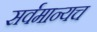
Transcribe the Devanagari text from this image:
सर्वमान्यच